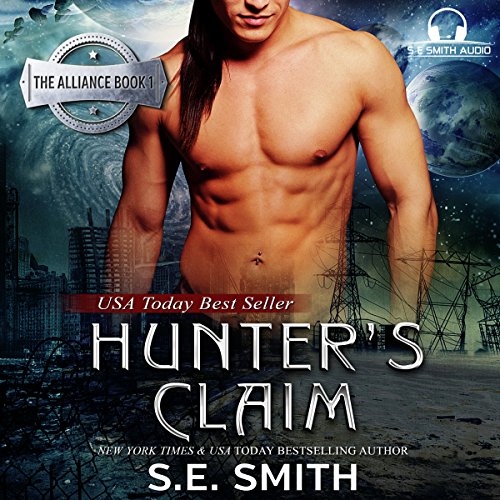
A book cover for Hunter's Claim: The Alliance, Book 1; S. E. Smith; Romance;